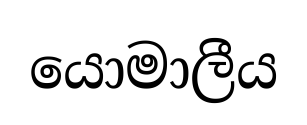
යොමාලීය